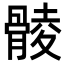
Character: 𩩡